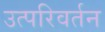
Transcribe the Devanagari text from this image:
उत्परिवर्तन